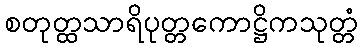
စတုတ္ထသာရိပုတ္တကောဋ္ဌိကသုတ္တံ